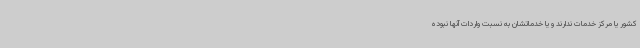
کشور یا مرکز خدمات ندارند و یا خدماتشان به نسبت واردات آنها نبوده